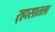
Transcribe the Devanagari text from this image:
र्‍हासातला